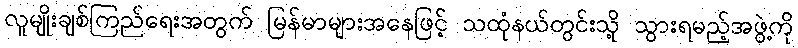
လူမျိုးချစ်ကြည်ရေးအတွက် မြန်မာများအနေဖြင့် သထုံနယ်တွင်းသို့ သွားရမည့်အဖွဲ့ကို